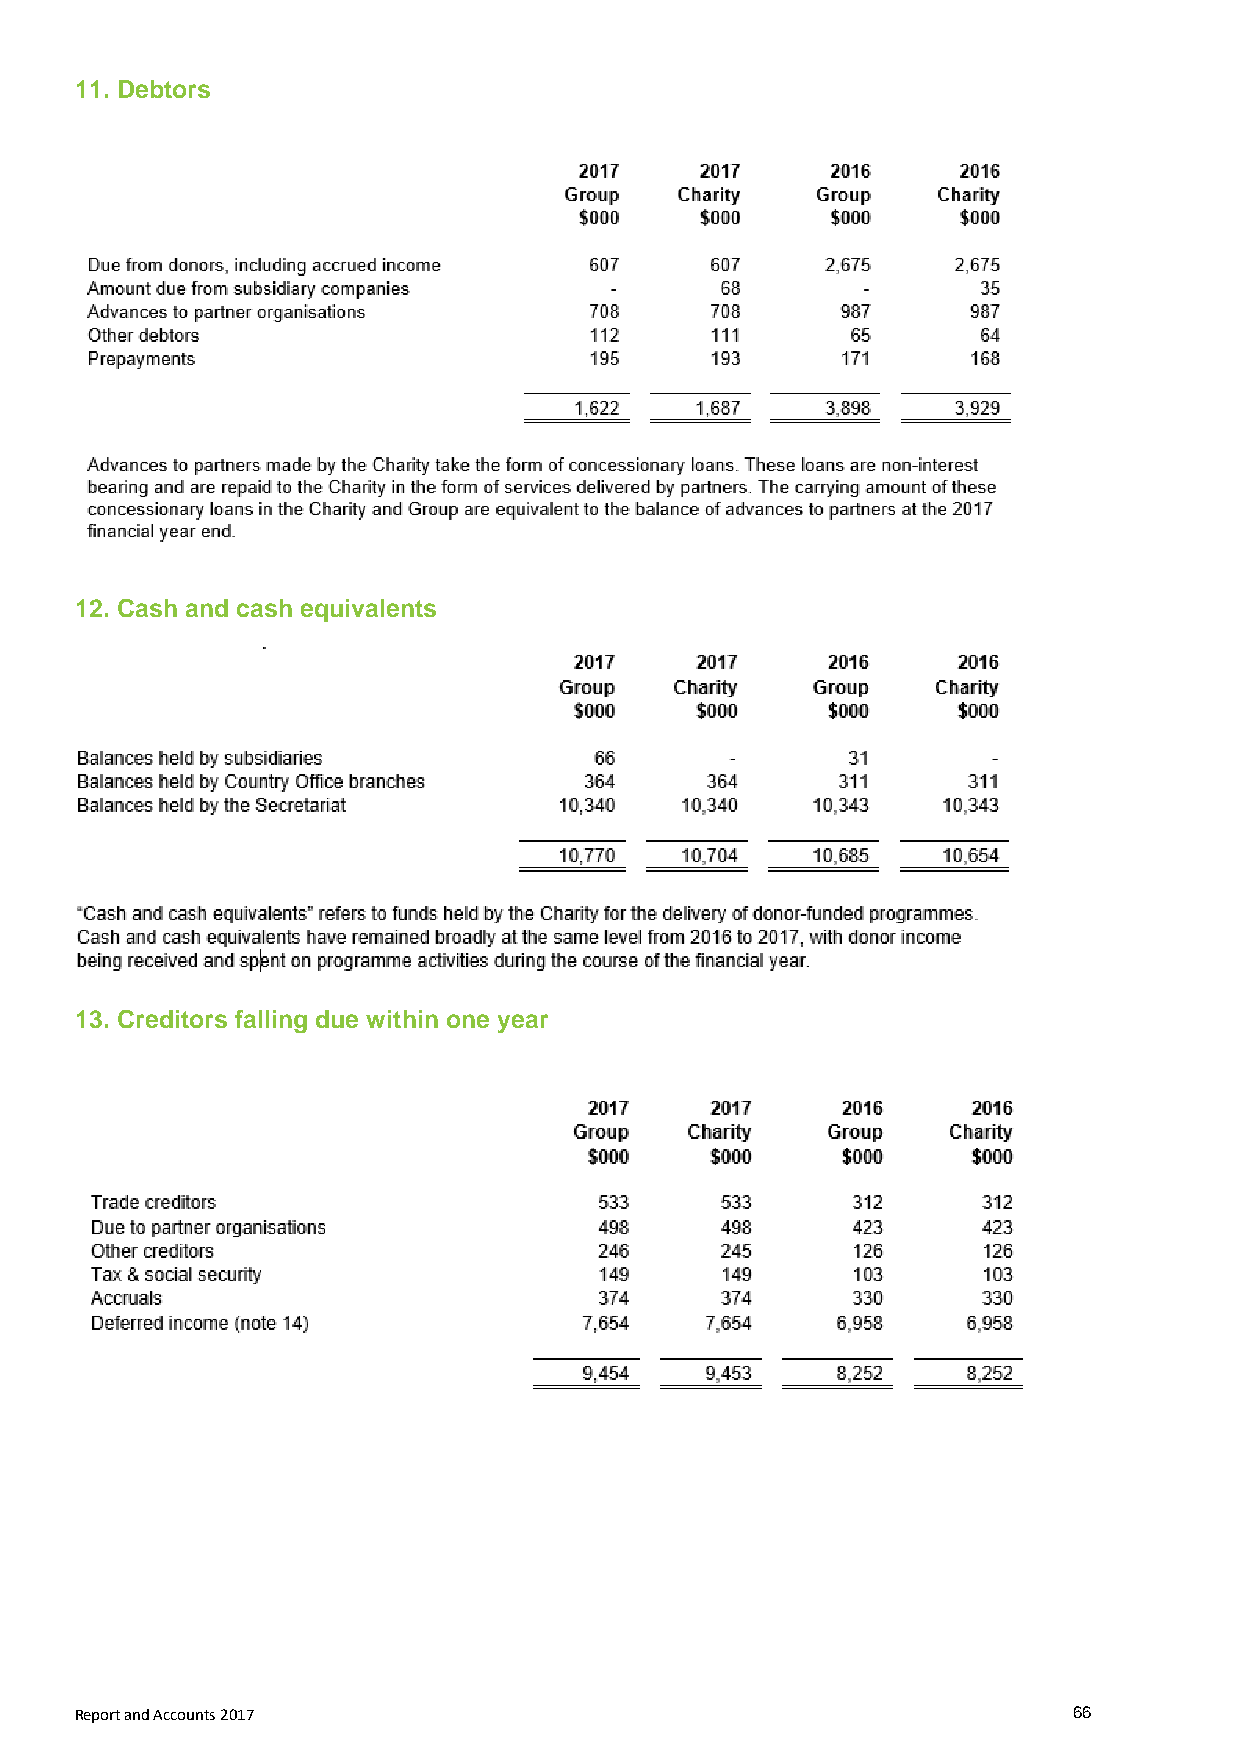
11. Debtors
 12. Cash and cash equivalents
 13. Creditors falling due within one year
 Report and Accounts 2017                                          66